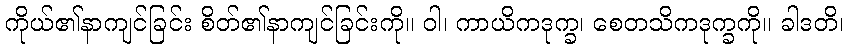
ကိုယ်၏နာကျင်ခြင်း စိတ်၏နာကျင်ခြင်းကို။ ဝါ၊ ကာယိကဒုက္ခ၊ စေတသိကဒုက္ခကို။ ခါဒတိ၊